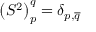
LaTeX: \left( S ^ { 2 } \right) _ { p } ^ { q } = \delta _ { p , \overline { { { q } } } }